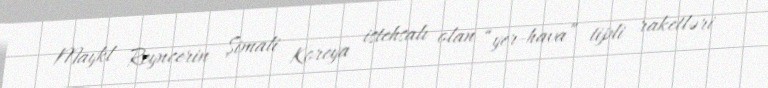
Maykl Reyncerin Şimali Koreya istehsalı olan “yer-hava” tipli raketləri